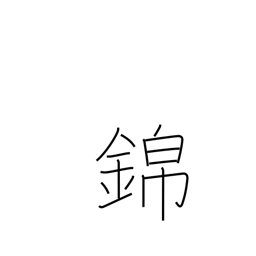
Meaning: honors